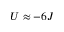
U \approx - 6 J